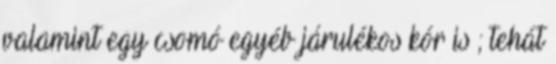
valamint egy csomó egyéb járulékos kór is ; tehát